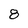
Character: 8